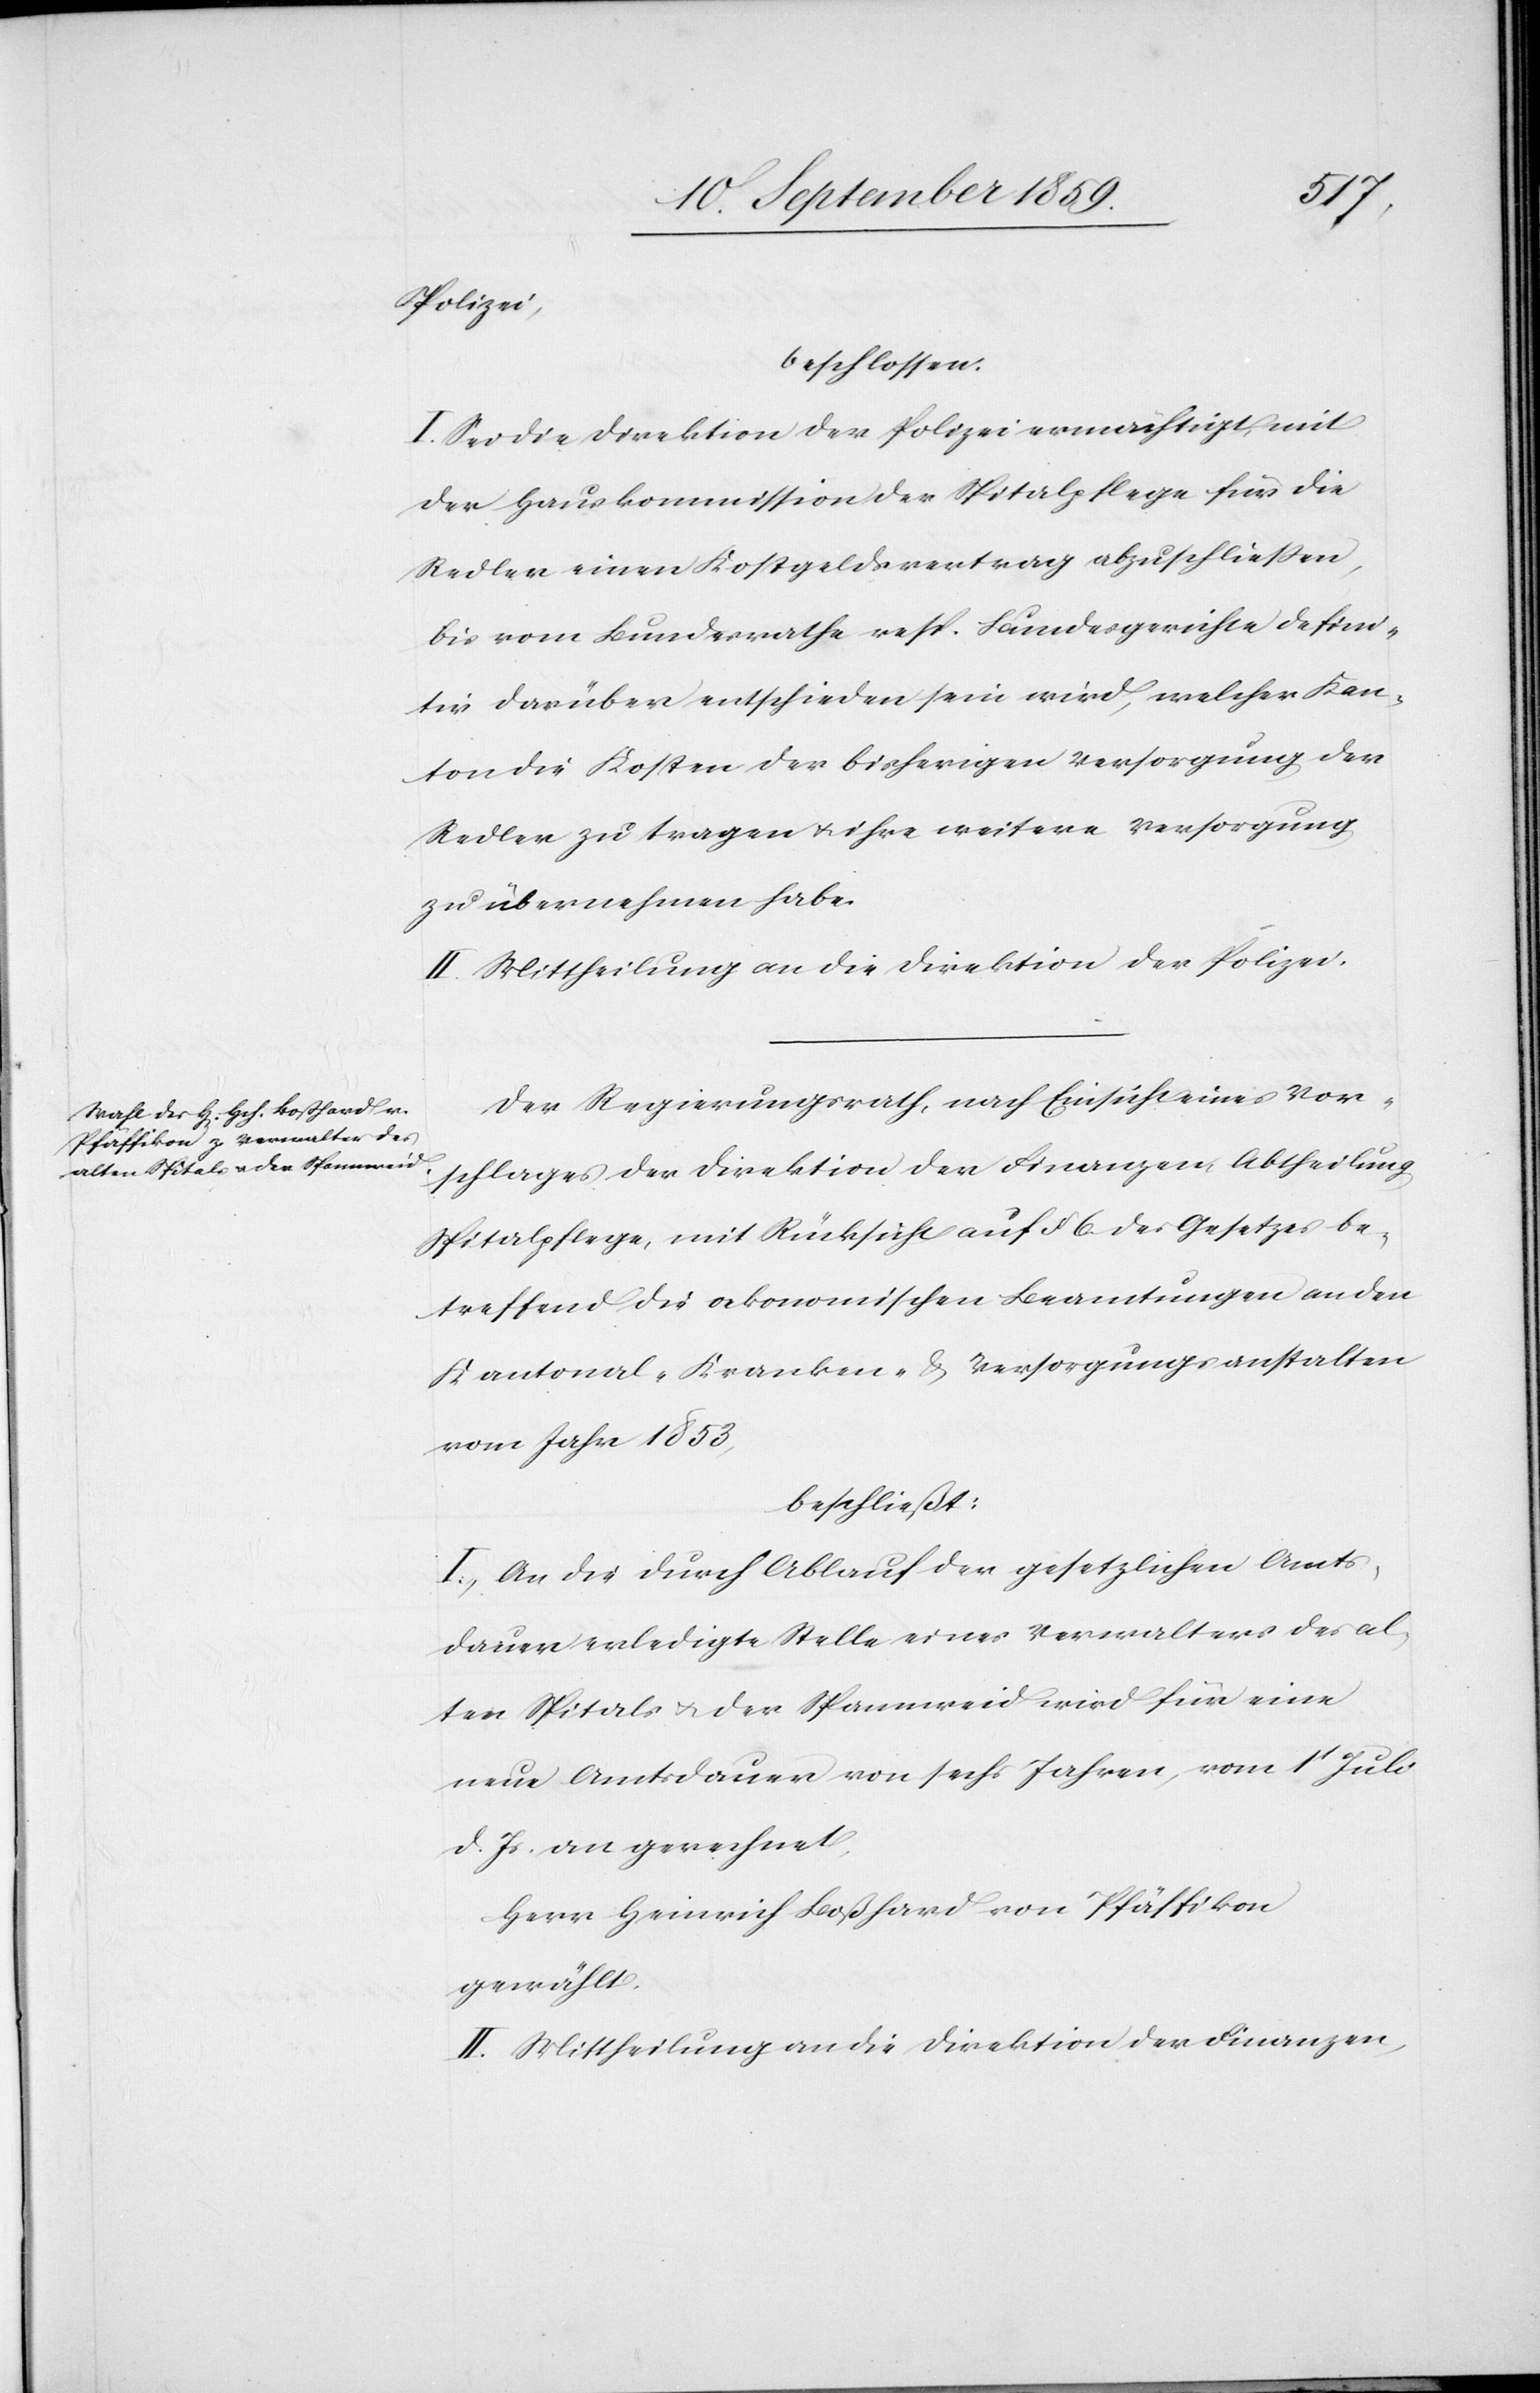
schlages
Polizei,
beschlossen.
I. Sei die Direktion der Polizei ermächtigt, mit
der Hauskommission der Spitalpflege für die
Redler einen Kostgeldsvertrag abzuschließen,
bis vom Bundesrathe resp. Bundesgerichte defini¬
tiv darüber entschieden sein wird, welcher Kan¬
Redler zu tragen & ihre weitere Versorgung
zu übernehmen habe.
II. Mittheilung an die Direktion der Polizei.
Der Regierungsrath, nach Einsicht eines Vor¬
Spitalpflege, mit Rücksicht auf § 6. des Gesetzes be¬
treffend die oekonomischen Beamtungen an den
Kantonal-Kranken- & Versorgungsanstalten
vom Jahr 1853,
beschließt:
I. An die durch Ablauf der gesetzlichen Amts¬
dauer erledigte Stelle eines Verwalters des al¬
ten Spitals & der Spannweid wird für eine
neue Amtsdauer von sechs Jahren, vom 1t. Juli
d. Js. an gerechnet,
Herr Heinrich Boßhard von Pfäffikon
gewählt.
II. Mittheilung an die Direktion der Finanzen,